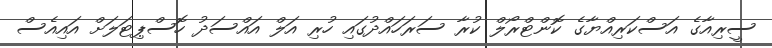
ސީރިއާގެ އަސްކަރިއްޔާގެ ކޮންޓްރޯލް ކުރާ ސަރަހައްދުގައި ހުރި އަލް އައްސަދު ހޮސްޕިޓަލަށް އައިއެސް